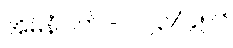
အိမ်နံပါတ် - ၁၂၃/၄၅၆